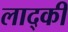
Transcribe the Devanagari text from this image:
लाद्की